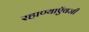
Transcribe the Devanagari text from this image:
रहाण्याऍवजी